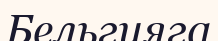
Бельгияга